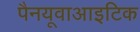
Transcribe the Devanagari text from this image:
पैनयूवाआइटिक